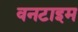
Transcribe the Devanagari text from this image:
वनटाइम